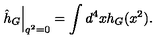
\left. \hat { h } _ { G } \right| _ { q ^ { 2 } = 0 } = \int d ^ { 4 } x h _ { G } ( x ^ { 2 } ) .